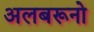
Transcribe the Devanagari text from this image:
अलबरूनो